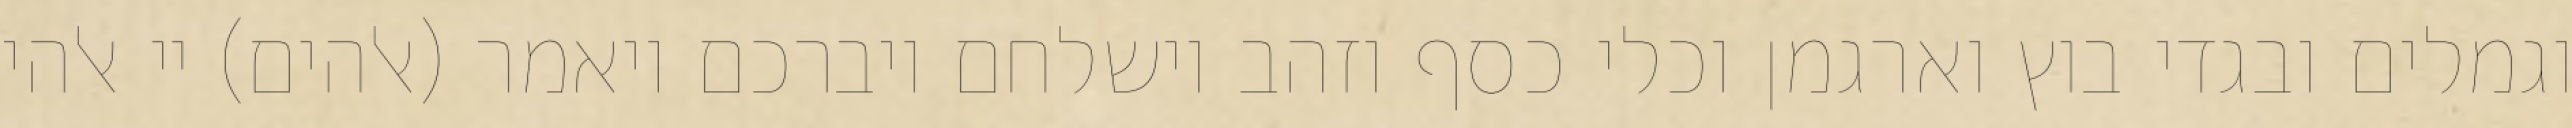
וגמלים ובגדי בוץ וארגמן וכלי כסף וזהב וישלחם ויברכם ויאמר (אלהים) יי אלהי